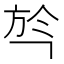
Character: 㫇